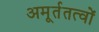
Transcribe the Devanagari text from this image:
अमूर्ततत्वों